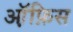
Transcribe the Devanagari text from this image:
ऑ़फ़िस